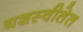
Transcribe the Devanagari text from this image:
यशस्वीतेत